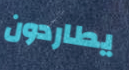
يطاردون